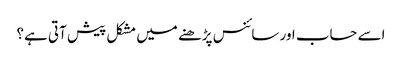
اسے حساب اور سائنس پڑھنے میں مشکل پیش آتی ہے؟